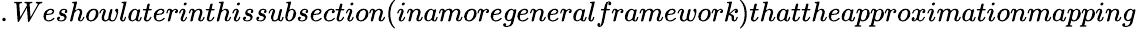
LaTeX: .Weshowlaterinthissubsection(inamoregeneralframework)thattheapproximationmapping